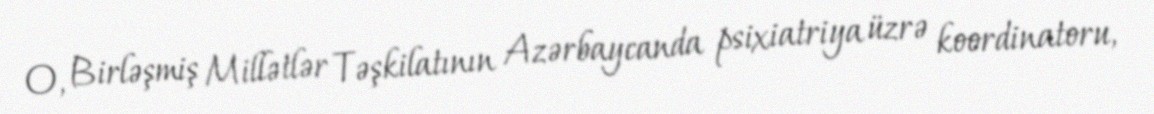
O, Birləşmiş Millətlər Təşkilatının Azərbaycanda psixiatriya üzrə koordinatoru,